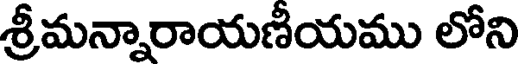
శ్రీమన్నారాయణీయము లోని